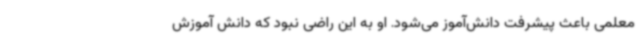
معلمی باعث پیشرفت دانش‌آموز می‌شود. او به این راضی نبود که دانش آموزش